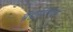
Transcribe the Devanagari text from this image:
ब्रह्मविलास